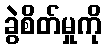
ခွဲစိတ်မှုကို